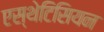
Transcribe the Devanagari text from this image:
एस्थेटिसियन